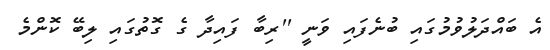
އެ ބައްދަލުވުމުގައި ބުނެފައި ވަނީ ''ރިބާ ފައިދާ ގެ ގޮތުގައި ލިބޭ ކޮންމެ